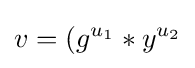
v=(g^{u_{1}}*y^{u_{2}}